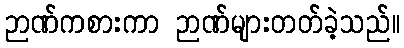
ဉာဏ်ကစားကာ ဉာဏ်များတတ်ခဲ့သည်။